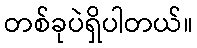
တစ်ခုပဲရှိပါတယ်။